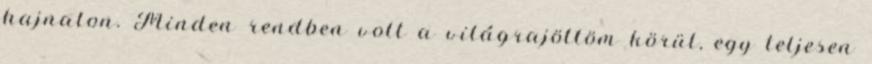
hajnalon. Minden rendben volt a világrajöttöm körül, egy teljesen